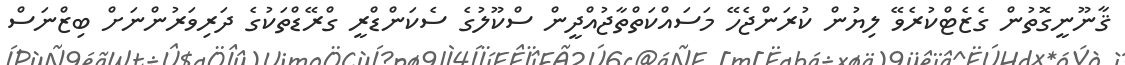
ޤާނޫނީގޮތުން ގެޒެޓްކުރެވޭ ލިޔުން ކުރަންޖެހޭ މަސައްކަތްތާޖުއްދީން ސްކޫލުގެ ސެކަންޑްރީ ގްރޭޑްތަކުގެ ދަރިވަރުންނަށް ބިޒްނަސް